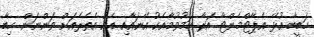
ހަބީބާ އުޅޭ އެޕާޓްމެންޓާ އަރާ ހަމުވުމާއެކު އޭނައާއި އެކު އެތެރެއަށް ވަންނަން ހިބާ